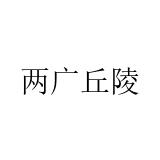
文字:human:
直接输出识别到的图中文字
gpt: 两广丘陵